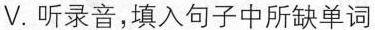
V.听录音,填入句子中所缺单词